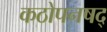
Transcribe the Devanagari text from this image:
कठोपनषद्